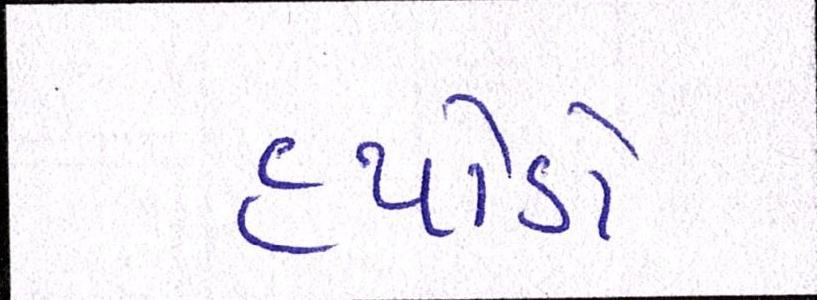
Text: હથોડો